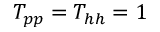
T _ { p p } = T _ { h h } = 1